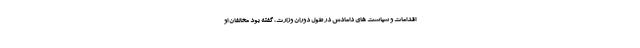
اقدامات و سیاست های دامادش در طول دوران وزارت، گفته بود مخالفان او